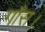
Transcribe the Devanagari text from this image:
गाँस।